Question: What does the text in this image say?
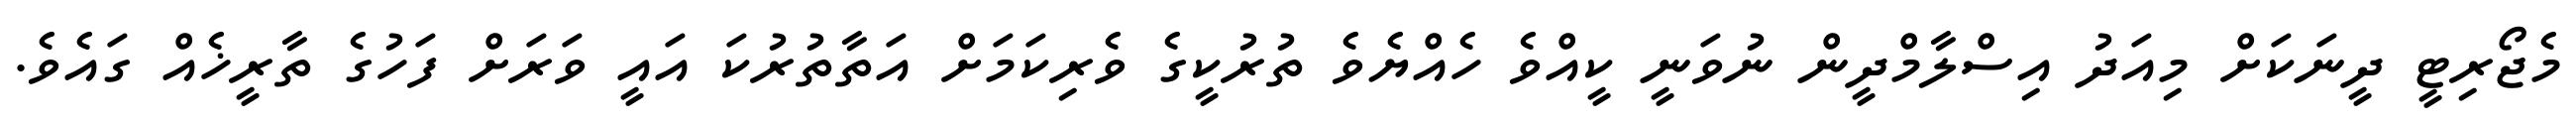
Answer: މެޖޯރިޓީ ދީނަކަށް މިއަދު އިސްލާމްދީން ނުވަނީ ކީއްވެ ހެއްޔެވެ ތުރުކީގެ ވެރިކަމަށް އަތާތުރުކަ އައީ ވަރަށް ފަހުގެ ތާރީޚެއް ގައެވެ.